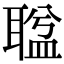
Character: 𦖬